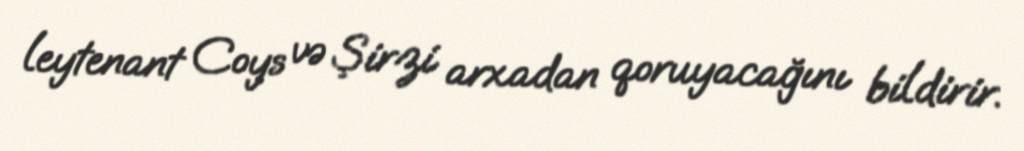
leytenant Coys və Şirzi arxadan qoruyacağını bildirir.